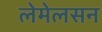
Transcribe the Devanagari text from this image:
लेमेलसन